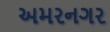
અમરનગર